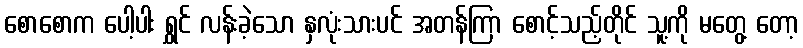
စောစောက ပေါ့ပါး ရွှင် လန်းခဲ့သော နှလုံးသားပင် အတန်ကြာ စောင့်သည့်တိုင် သူ့ကို မတွေ့ တော့